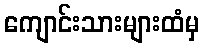
ကျောင်းသားများထံမှ